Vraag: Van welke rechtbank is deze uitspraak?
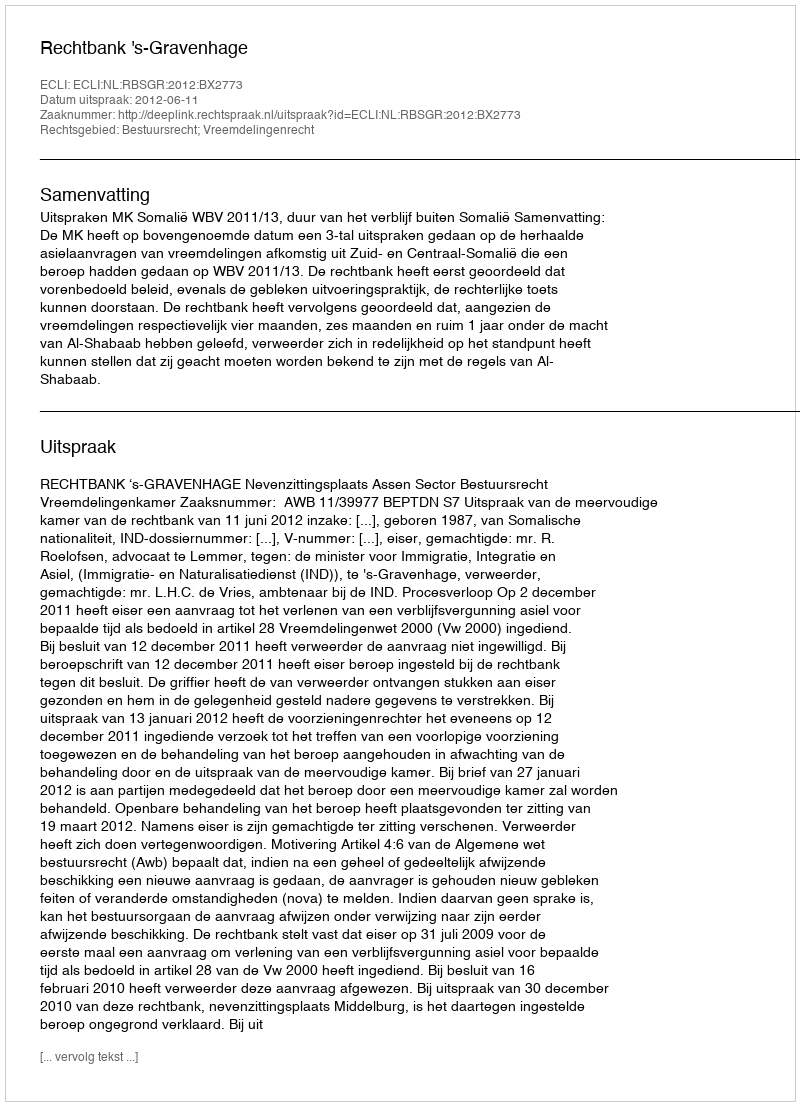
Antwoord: Rechtbank 's-Gravenhage